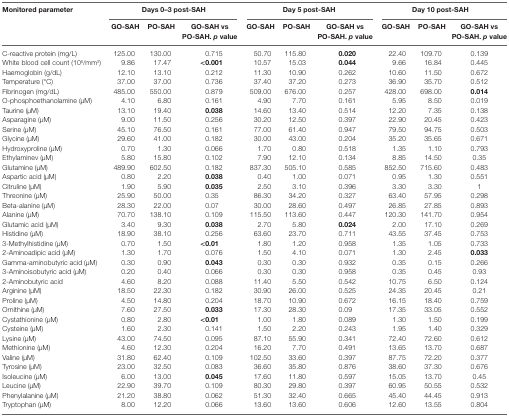
<table><thead><tr><td rowspan="2"><b>Monitored parameter</b></td><td colspan="3"><b>Days 0–3 post-SAH</b></td><td colspan="3"><b>Day 5 post-SAH</b></td><td colspan="3"><b>Day 10 post-SAH</b></td></tr><tr><td><b>GO-SAH</b></td><td><b>PO-SAH</b></td><td><b>GO-SAH vs PO-SAH. <i>p</i> value</b></td><td><b>GO-SAH</b></td><td><b>PO-SAH</b></td><td><b>GO-SAH vs PO-SAH. <i>p</i> value</b></td><td><b>GO-SAH</b></td><td><b>PO-SAH</b></td><td><b>GO-SAH vs PO-SAH. <i>p</i> value</b></td></tr></thead><tbody><tr><td>C-reactive protein (mg/L)</td><td>125.00</td><td>130.00</td><td>0.715</td><td>50.70</td><td>115.80</td><td><b>0.020</b></td><td>22.40</td><td>109.70</td><td>0.139</td></tr><tr><td>White blood cell count (10<sup>6</sup>/mm<sup>3</sup>)</td><td>9.86</td><td>17.47</td><td><b>&lt;0.001</b></td><td>10.57</td><td>15.03</td><td><b>0.044</b></td><td>9.66</td><td>16.84</td><td>0.445</td></tr><tr><td>Haemoglobin (g/dL)</td><td>12.10</td><td>13.10</td><td>0.212</td><td>11.30</td><td>10.90</td><td>0.262</td><td>10.60</td><td>11.50</td><td>0.672</td></tr><tr><td>Temperature (°C)</td><td>37.00</td><td>37.00</td><td>0.736</td><td>37.40</td><td>37.20</td><td>0.273</td><td>36.90</td><td>35.70</td><td>0.512</td></tr><tr><td>Fibrinogen (mg/dL)</td><td>485.00</td><td>550.00</td><td>0.879</td><td>509.00</td><td>676.00</td><td>0.257</td><td>428.00</td><td>698.00</td><td><b>0.014</b></td></tr><tr><td>O-phosphoethanolamine (μM)</td><td>4.10</td><td>6.80</td><td>0.161</td><td>4.90</td><td>7.70</td><td>0.161</td><td>5.95</td><td>8.50</td><td>0.019</td></tr><tr><td>Taurine (μM)</td><td>13.10</td><td>19.40</td><td><b>0.038</b></td><td>14.60</td><td>13.40</td><td>0.514</td><td>12.20</td><td>7.35</td><td>0.138</td></tr><tr><td>Asparagine (μM)</td><td>9.00</td><td>11.50</td><td>0.256</td><td>30.20</td><td>12.50</td><td>0.397</td><td>22.90</td><td>20.45</td><td>0.423</td></tr><tr><td>Serine (μM)</td><td>45.10</td><td>76.50</td><td>0.161</td><td>77.00</td><td>61.40</td><td>0.947</td><td>79.50</td><td>94.75</td><td>0.503</td></tr><tr><td>Glycine (μM)</td><td>29.60</td><td>41.00</td><td>0.182</td><td>30.00</td><td>43.00</td><td>0.204</td><td>35.20</td><td>35.65</td><td>0.671</td></tr><tr><td>Hydroxyproline (μM)</td><td>0.70</td><td>1.30</td><td>0.066</td><td>1.70</td><td>0.80</td><td>0.518</td><td>1.35</td><td>1.10</td><td>0.793</td></tr><tr><td>Ethylaminev (μM)</td><td>5.80</td><td>15.80</td><td>0.102</td><td>7.90</td><td>12.10</td><td>0.134</td><td>8.85</td><td>14.50</td><td>0.35</td></tr><tr><td>Glutamine (μM)</td><td>489.90</td><td>602.50</td><td>0.182</td><td>837.30</td><td>505.10</td><td>0.585</td><td>852.50</td><td>715.60</td><td>0.483</td></tr><tr><td>Aspartic acid (μM)</td><td>0.80</td><td>2.20</td><td><b>0.038</b></td><td>0.40</td><td>1.00</td><td>0.071</td><td>0.95</td><td>1.30</td><td>0.551</td></tr><tr><td>Citruline (μM)</td><td>1.90</td><td>5.90</td><td><b>0.035</b></td><td>2.50</td><td>3.10</td><td>0.396</td><td>3.30</td><td>3.30</td><td>1</td></tr><tr><td>Threonine (μM)</td><td>25.90</td><td>50.00</td><td>0.35</td><td>86.30</td><td>34.20</td><td>0.327</td><td>63.40</td><td>57.95</td><td>0.298</td></tr><tr><td>Beta-alanine (μM)</td><td>28.30</td><td>22.00</td><td>0.07</td><td>30.00</td><td>28.60</td><td>0.497</td><td>26.85</td><td>27.85</td><td>0.893</td></tr><tr><td>Alanine (μM)</td><td>70.70</td><td>138.10</td><td>0.109</td><td>115.50</td><td>113.60</td><td>0.447</td><td>120.30</td><td>141.70</td><td>0.954</td></tr><tr><td>Glutamic acid (μM)</td><td>3.40</td><td>9.30</td><td><b>0.038</b></td><td>2.70</td><td>5.80</td><td><b>0.024</b></td><td>2.00</td><td>17.10</td><td>0.269</td></tr><tr><td>Histidine (μM)</td><td>18.90</td><td>38.10</td><td>0.256</td><td>63.60</td><td>23.70</td><td>0.711</td><td>43.55</td><td>37.45</td><td>0.753</td></tr><tr><td>3-Methylhistidine (μM)</td><td>0.70</td><td>1.50</td><td><b>&lt;0.01</b></td><td>1.80</td><td>1.20</td><td>0.958</td><td>1.35</td><td>1.05</td><td>0.733</td></tr><tr><td>2-Aminoadipic acid (μM)</td><td>1.30</td><td>1.70</td><td>0.076</td><td>1.50</td><td>4.10</td><td>0.071</td><td>1.30</td><td>2.45</td><td><b>0.033</b></td></tr><tr><td>Gamma-aminobutyric acid (μM)</td><td>0.30</td><td>0.90</td><td><b>0.043</b></td><td>0.30</td><td>0.30</td><td>0.932</td><td>0.35</td><td>0.15</td><td>0.266</td></tr><tr><td>3-Aminoisobutyric acid (μM)</td><td>0.20</td><td>0.40</td><td>0.066</td><td>0.30</td><td>0.30</td><td>0.958</td><td>0.35</td><td>0.45</td><td>0.93</td></tr><tr><td>2-Aminobutyric acid</td><td>4.60</td><td>8.20</td><td>0.088</td><td>11.40</td><td>5.50</td><td>0.542</td><td>10.75</td><td>6.50</td><td>0.124</td></tr><tr><td>Arginine (μM)</td><td>18.50</td><td>22.30</td><td>0.182</td><td>30.90</td><td>26.00</td><td>0.525</td><td>24.35</td><td>20.45</td><td>0.21</td></tr><tr><td>Proline (μM)</td><td>4.50</td><td>14.80</td><td>0.204</td><td>18.70</td><td>10.90</td><td>0.672</td><td>16.15</td><td>18.40</td><td>0.759</td></tr><tr><td>Ornithine (μM)</td><td>7.60</td><td>27.50</td><td><b>0.033</b></td><td>17.30</td><td>28.30</td><td>0.09</td><td>17.35</td><td>33.05</td><td>0.552</td></tr><tr><td>Cystathionine (μM)</td><td>0.80</td><td>2.80</td><td><b>&lt;0.01</b></td><td>1.00</td><td>1.80</td><td>0.089</td><td>1.30</td><td>1.50</td><td>0.199</td></tr><tr><td>Cysteine (μM)</td><td>1.60</td><td>2.30</td><td>0.141</td><td>1.50</td><td>2.20</td><td>0.243</td><td>1.95</td><td>1.40</td><td>0.329</td></tr><tr><td>Lysine (μM)</td><td>43.00</td><td>74.50</td><td>0.095</td><td>87.10</td><td>55.90</td><td>0.341</td><td>72.40</td><td>72.60</td><td>0.612</td></tr><tr><td>Methionine (μM)</td><td>4.60</td><td>12.30</td><td>0.204</td><td>16.20</td><td>7.70</td><td>0.491</td><td>13.65</td><td>13.70</td><td>0.687</td></tr><tr><td>Valine (μM)</td><td>31.80</td><td>62.40</td><td>0.109</td><td>102.50</td><td>33.60</td><td>0.397</td><td>87.75</td><td>72.20</td><td>0.377</td></tr><tr><td>Tyrosine (μM)</td><td>23.00</td><td>32.50</td><td>0.083</td><td>36.60</td><td>35.80</td><td>0.876</td><td>38.60</td><td>37.30</td><td>0.676</td></tr><tr><td>Isoleucine (μM)</td><td>6.00</td><td>13.00</td><td><b>0.045</b></td><td>17.60</td><td>11.80</td><td>0.597</td><td>15.05</td><td>13.70</td><td>0.45</td></tr><tr><td>Leucine (μM)</td><td>22.90</td><td>39.70</td><td>0.109</td><td>80.30</td><td>29.80</td><td>0.397</td><td>60.95</td><td>50.55</td><td>0.532</td></tr><tr><td>Phenylalanine (μM)</td><td>21.20</td><td>38.80</td><td>0.062</td><td>51.30</td><td>32.40</td><td>0.665</td><td>45.40</td><td>44.45</td><td>0.913</td></tr><tr><td>Tryptophan (μM)</td><td>8.00</td><td>12.20</td><td>0.066</td><td>13.60</td><td>13.60</td><td>0.606</td><td>12.60</td><td>13.55</td><td>0.804</td></tr></tbody></table>